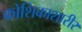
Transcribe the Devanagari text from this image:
कोशिकाशारीर